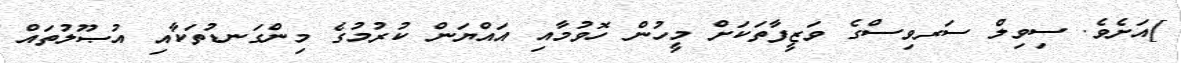
]އަށެވެ. ސިވިލް ސަރވިސްގެ ވަޒީފާތަކަށް މީހުން ހޮވުމާއި އައްޔަން ކުރުމުގެ މިންގަނޑުތަކާއި އުޞޫލުތައް